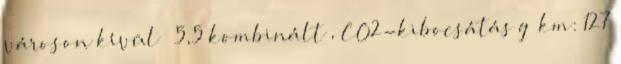
városon kívül 5,5 kombinált , CO2-kibocsátás g km: 127